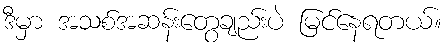
ဒီမှာ အသစ်အဆန်းတွေချည်းပဲ မြင်နေရတယ်။